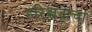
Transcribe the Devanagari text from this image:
हरिश्चंद्रांचा